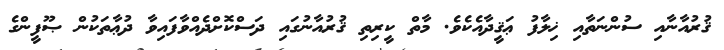
ޤުރުއާނާއި ސުންނަތާއި ޚިލާފު ޢަޤީދާއެކެވެ. މާތް ކީރިތި ޤުރުއާނުގައި ދަސްކޮށްދެއްވާފައިވާ ދުޢާތަކުން ޞޫފީންގެ